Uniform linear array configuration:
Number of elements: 64
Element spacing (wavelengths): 0.25
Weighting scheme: blackman
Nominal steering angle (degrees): -60
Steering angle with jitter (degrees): -60.117
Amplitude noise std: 0.05
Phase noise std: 0.05

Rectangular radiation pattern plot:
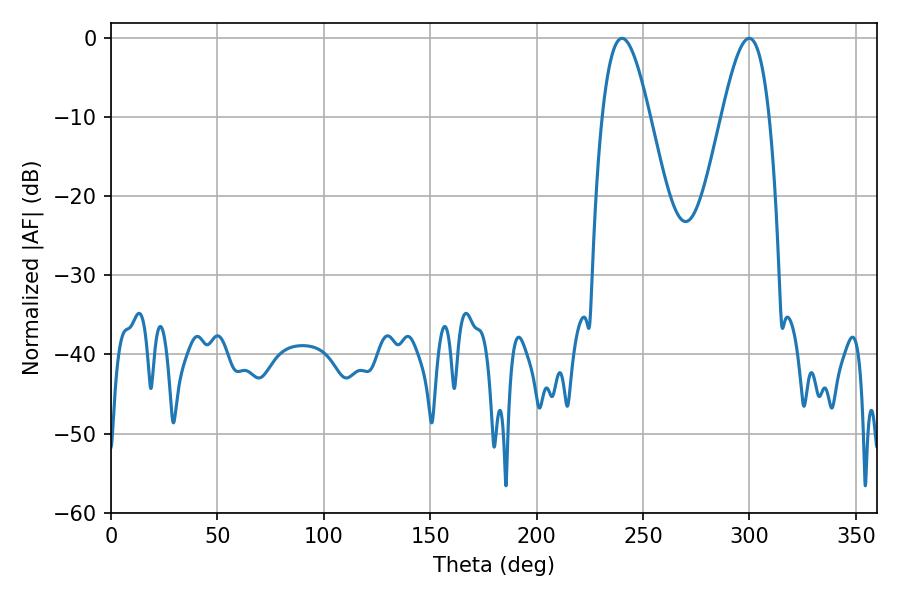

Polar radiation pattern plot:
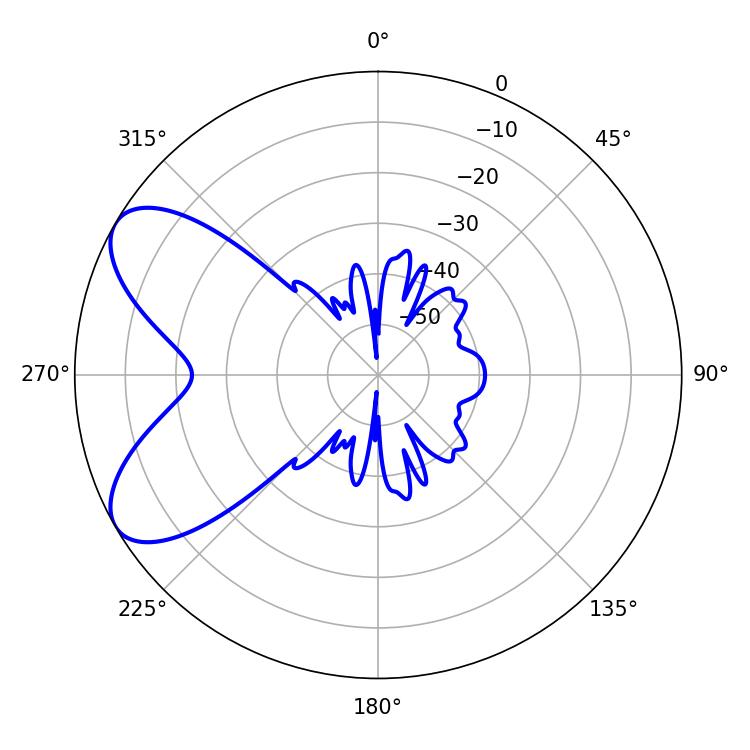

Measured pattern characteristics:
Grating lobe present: FALSE
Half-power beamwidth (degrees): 12.06
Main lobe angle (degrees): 240.12